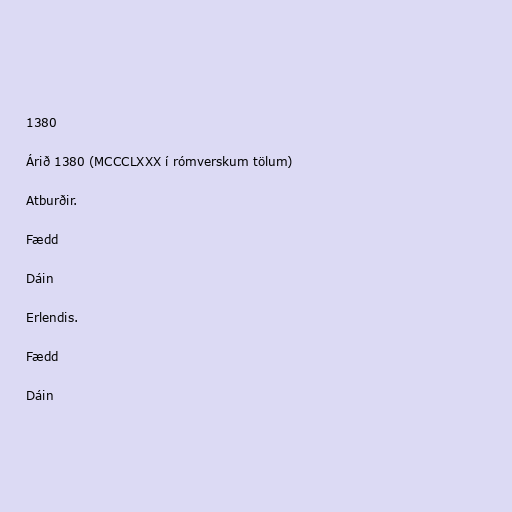
1380

Árið 1380 (MCCCLXXX í rómverskum tölum)

Atburðir.

Fædd

Dáin

Erlendis.

Fædd

Dáin